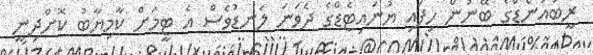
ރީބައުންޑްގެ ބޭނުން ހިފައި ޔުނައިޓެޑްގެ ދެވަނަ ލަނޑުވެސް އެ ޓީމަށް ކާމިޔާބު ކޮށްދިނީ